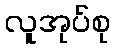
လူအုပ်စု